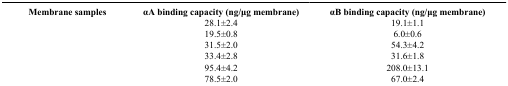
<table><thead><tr><td><b>Membrane samples</b></td><td><b>αA binding capacity (ng/μg membrane)</b></td><td><b>αB binding capacity (ng/μg membrane)</b></td></tr></thead><tbody><tr><td>[EMPTY_CELL]</td><td>28.1±2.4</td><td>19.1±1.1</td></tr><tr><td>[EMPTY_CELL]</td><td>19.5±0.8</td><td>6.0±0.6</td></tr><tr><td>[EMPTY_CELL]</td><td>31.5±2.0</td><td>54.3±4.2</td></tr><tr><td>[EMPTY_CELL]</td><td>33.4±2.8</td><td>31.6±1.8</td></tr><tr><td>[EMPTY_CELL]</td><td>95.4±4.2</td><td>208.0±13.1</td></tr><tr><td>[EMPTY_CELL]</td><td>78.5±2.0</td><td>67.0±2.4</td></tr></tbody></table>